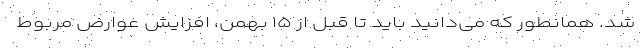
شد. همانطور که می‌دانید باید تا قبل از ۱۵ بهمن، افزایش عوارض مربوط